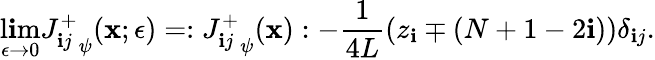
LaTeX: \operatorname*{l\mathbf{i}m}_{\epsilon\rightarrow0}{J_{\mathbf{i}j}^{+}}_{\psi}(\mathbf{x};\epsilon)=:{J_{\mathbf{i}j}^{+}}_{\psi}(\mathbf{x}):-\frac{{1}}{{4L}}\left(z_{\mathbf{i}}\mp(N+1-2\mathbf{i})\right)\delta_{\mathbf{i}j}.